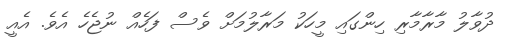
ދުވާލު މާރާމާރި ހިންގައި މީހަކު މަރާލުމަށް ވެސް ފަހެއް ނުޖެހެ އެވެ. އެއީ